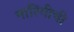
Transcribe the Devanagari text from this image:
नारिंगीची